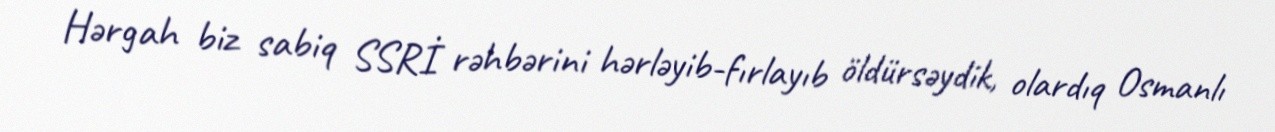
Hərgah biz sabiq SSRİ rəhbərini hərləyib-fırlayıb öldürsəydik, olardıq Osmanlı